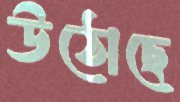
উঠোছে